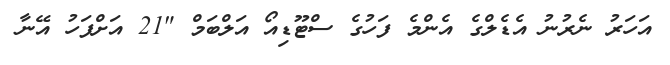
އަހަރު ނެރުނު އެޑެލްގެ އެންމެ ފަހުގެ ސްޓޫޑިއޯ އަލްބަމް "21 އަށްފަހު އޭނާ